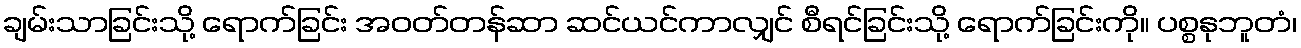
ချမ်းသာခြင်းသို့ ရောက်ခြင်း အဝတ်တန်ဆာ ဆင်ယင်ကာလျှင် စီရင်ခြင်းသို့ ရောက်ခြင်းကို။ ပစ္စနုဘူတံ၊